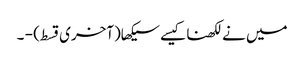
میں نےلکھناکیسےسیکھا(آخری قسط) - ۔